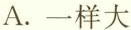
A.一样大